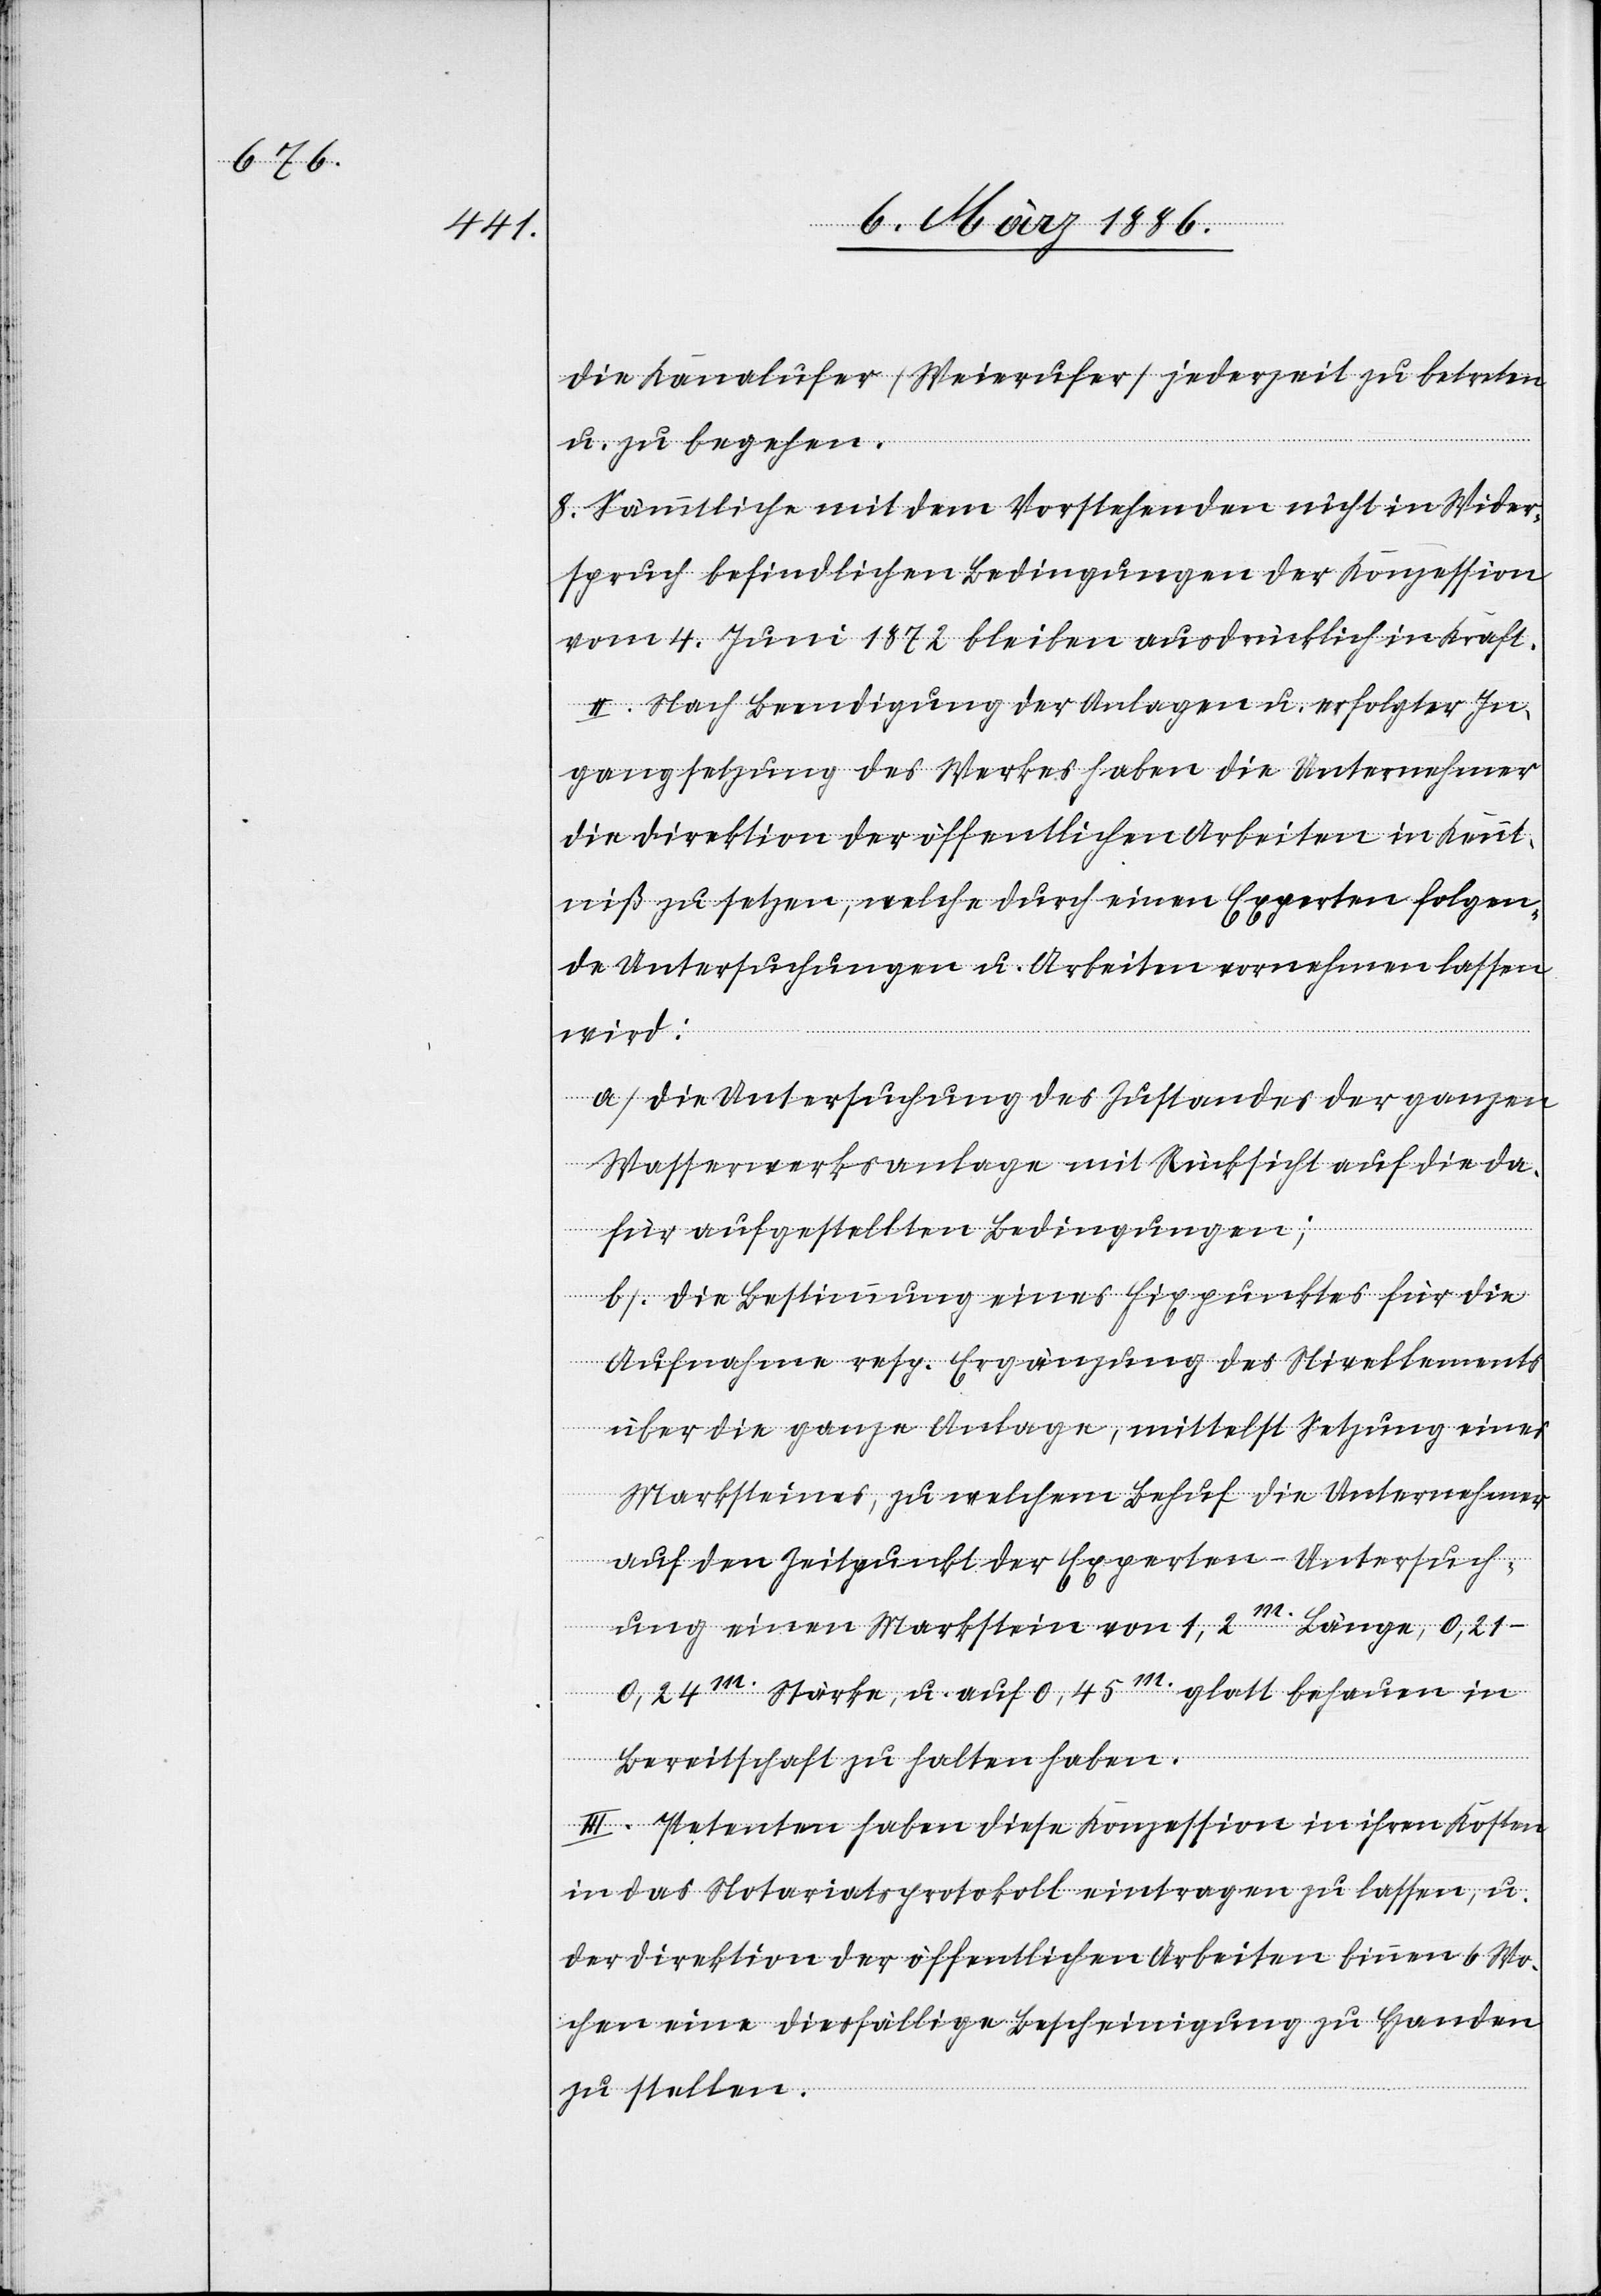
die Kanalufer (Weierufer) jederzeit zu betreten
u. zu begehen.
8. Sämmtliche mit dem Vorstehenden nicht in Wider¬
spruch befindlichen Bedingungen der Konzession
vom 4. Juni 1872 bleiben ausdrücklich in Kraft.
II. Nach Beendigung der Anlagen u. erfolgter In¬
gangsetzung des Werkes haben die Unternehmer
die Direktion der öffentlichen Arbeiten in Kennt¬
niß zu setzen, welche durch eine Experten folgen¬
de Untersuchungen u. Arbeiten vornehmen lassen
wird:
a) Die Untersuchung de Zustandes der ganzen
Wasserwerksanlage mit Rücksicht auf die da¬
für aufgestellten Bedingungen;
b) Die Bestimmung eines Fixpunktes für die
Aufnahme resp. Ergänzungen des Nivellements
über die ganze Anlage, mittelst Setzung eines
Marktsteines, zu welchem Behuf die Unternehmer
auf den Zeitpunkt der Experten-Untersuch¬
ung einen Markstein von 1,2m. Länge,
021–0,24m. Stärke, u. auf 0,45m. glatt behauen in
Bereitschaft halten haben.
III. Petenten haben diese Konzession in ihren Kosten
in das Notariatsprotokoll eintragen zu lassen, u.
der Direktion der öffentlichen Arbeiten binnen 6 Wo¬
chen eine diesfällige Bescheinigung zu Handen
zu stellen.